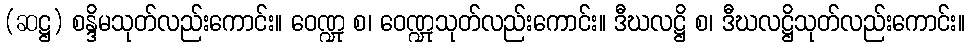
(ဆဋ္ဌ) စန္ဒိမသုတ်လည်းကောင်း။ ဝေဏ္ဍု စ၊ ဝေဏ္ဍုသုတ်လည်းကောင်း။ ဒီဃလဋ္ဌိ စ၊ ဒီဃလဋ္ဌိသုတ်လည်းကောင်း။